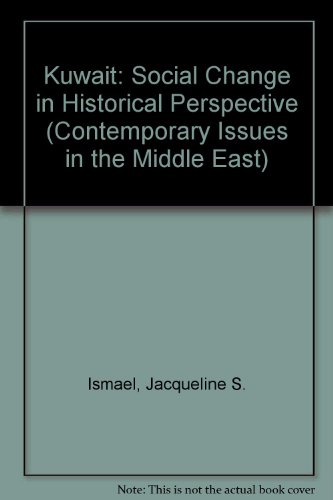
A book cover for Kuwait: Social Change in Historical Perspective (Contemporary Issues in the Middle East); Jacqueline S. Ismael; History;